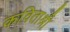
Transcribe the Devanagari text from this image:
कविताश्री